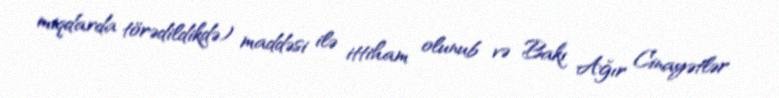
miqdarda törədildikdə) maddəsi ilə ittiham olunub və Bakı Ağır Cinayətlər